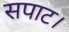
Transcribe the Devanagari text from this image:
सपाट।